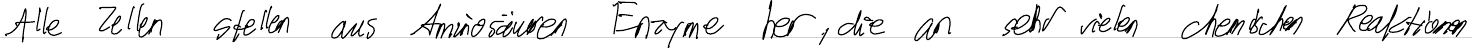
Alle Zellen stellen aus Aminosäuren Enzyme her, die an sehr vielen chemischen Reaktionen